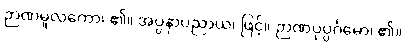
ဉာဏမူလကော၊ ၏။ အပ္ပနာပညာယ၊ ဖြင့်။ ဉာဏပုပ္ပင်္ဂမော၊ ၏။